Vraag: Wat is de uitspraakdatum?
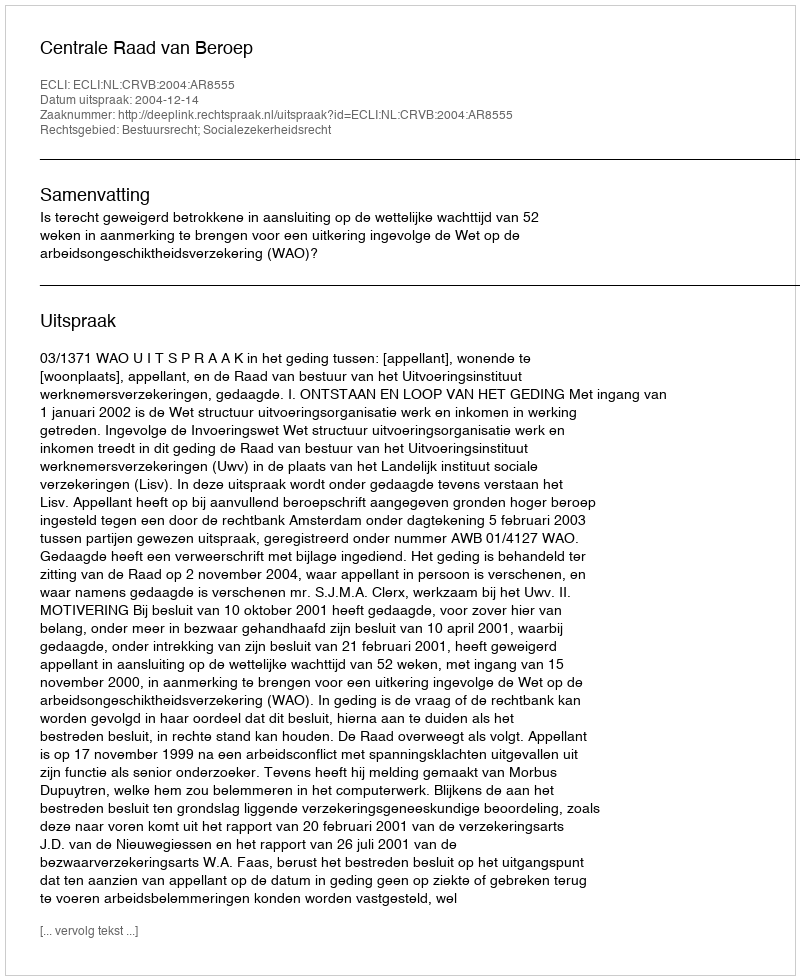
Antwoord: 2004-12-14